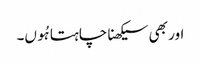
اور بھی سیکھنا چاہتا ہُوں۔